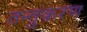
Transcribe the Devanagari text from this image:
तन्तुकरण